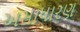
અસાધારણ